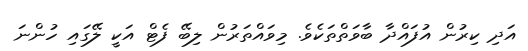
އަދި ކިރުން އުފައްދާ ބާވަތްތަކެވެ. މިވައްތަރުން ލިބޭ ފެޓް އަކީ ލޭގައި ހުންނަ